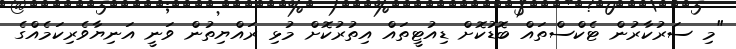
"މި ސަރުކާރުން ޓެކްސްތައް ބޮޑުކޮށް ޑިއުޓީތައް އިތުރުކޮށް މުޅި ރައްޔިތުން ވަނީ އަނިޔާވެރިކަމެއްގެ